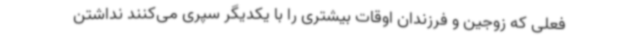
فعلی که زوجین و فرزندان اوقات بیشتری را با یکدیگر سپری می‌کنند نداشتن